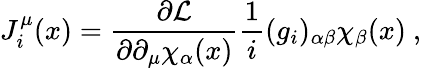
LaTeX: J_{i}^{\mu}(x)=\frac{\partial{\cal{L}}}{\partial\partial_{\mu}\chi_{\alpha}(x)}\frac{1}{i}(g_{i})_{\alpha\beta}\chi_{\beta}(x)~,